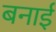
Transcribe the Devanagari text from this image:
बनार्इ